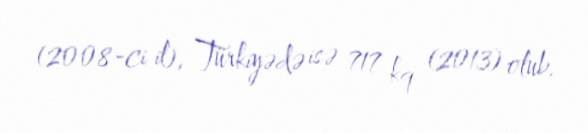
(2008-ci il), Türkiyədə isə 717 kq (2013) olub.